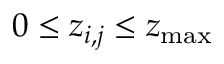
0 \leq z _ { i , j } \leq z _ { \operatorname* { m a x } }